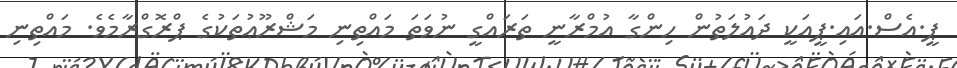
ޕީ.އެސް.އައި.ޕީއަކީ ދައުލަތުން ހިންގާ އުމްރާނީ ތަރައްގީ ނުވަތަ މައްތިނި މަޝްރޫޢުތަކުގެ ޕްރޮގްރާމެވެ. މައްތިނި